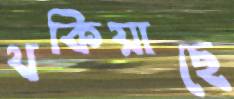
থকিয়াছে